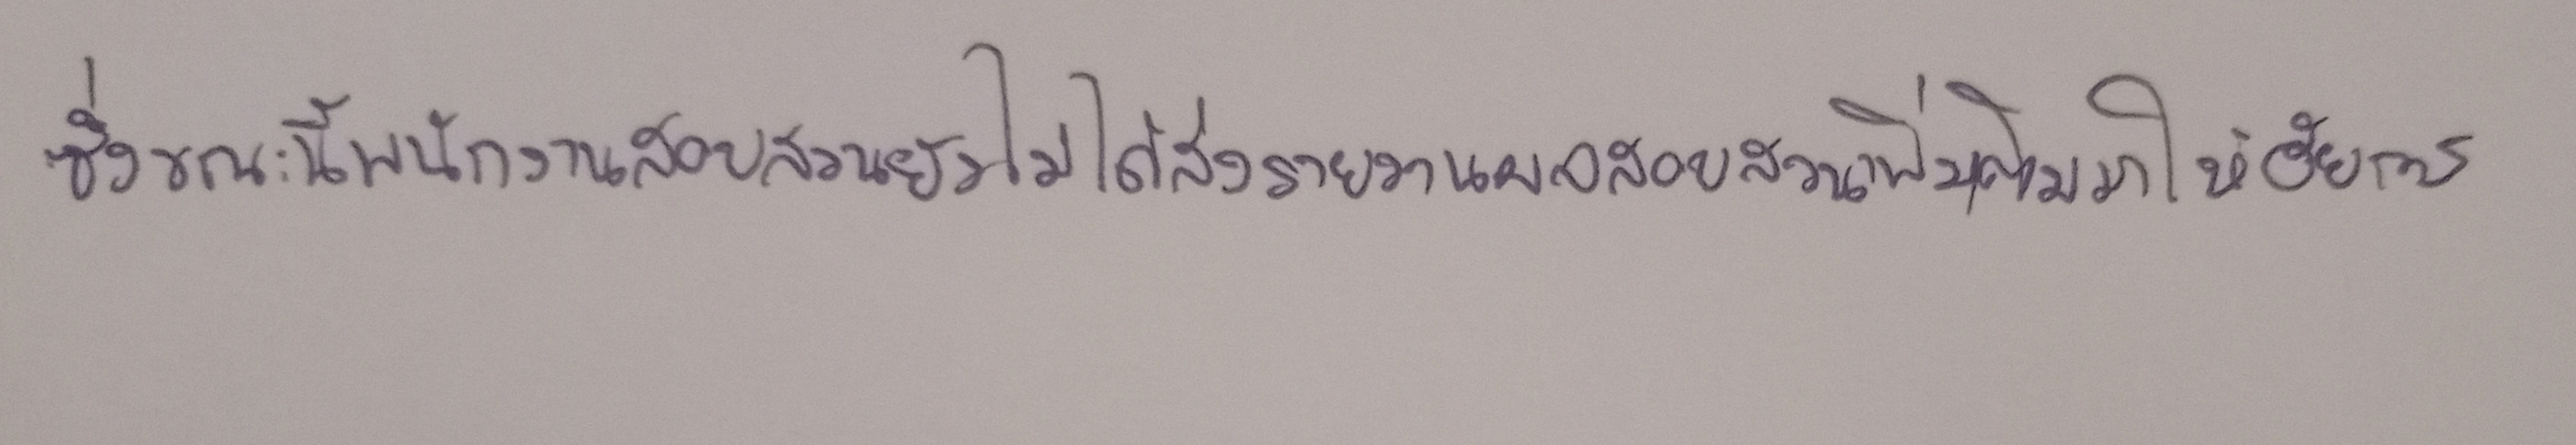
ซึ่งขณะนี้พนักงานสอบสวนยังไม่ได้ส่งรายงานผลสอบสวนเพิ่มเติมมาให้อัยการ